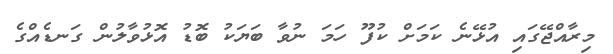
މިރާއްޖޭގައި އުޅޭނެ ކަމަށް ކުފޫ ހަމަ ނުވާ ބަޔަކު ބޮޑު އޮޅުވާލުން ގަނޑެއްގެ